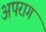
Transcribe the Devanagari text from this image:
अपराग